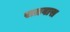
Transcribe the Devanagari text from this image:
सतवास